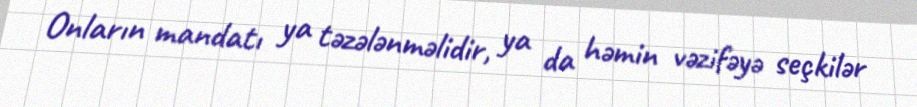
Onların mandatı ya təzələnməlidir, ya da həmin vəzifəyə seçkilər